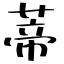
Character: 蒂